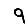
Digit: 9